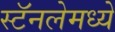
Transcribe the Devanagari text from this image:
स्टॅनलेमध्ये